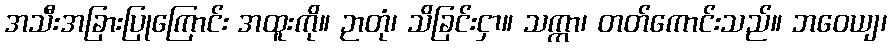
အသီးအခြားပြုကြောင်း အထူးကို။ ဉာတုံ၊ သိခြင်းငှာ။ သက္ကာ၊ တတ်ကောင်းသည်။ ဘဝေယျ၊